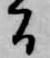
間